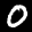
Label: 0